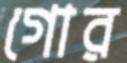
গোর